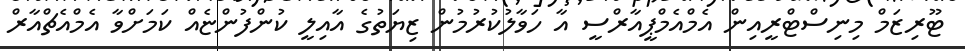
ޓޫރިޒަމް މިނިސްޓްރީއިން އެމްއެމްޕީއާރްސީ އާ ހަވާލުކުރުމުން ޒިޔަތުގެ އާއިލީ ކުންފުންޏެއް ކަމަށްވާ އެމްއެޗްއާރް